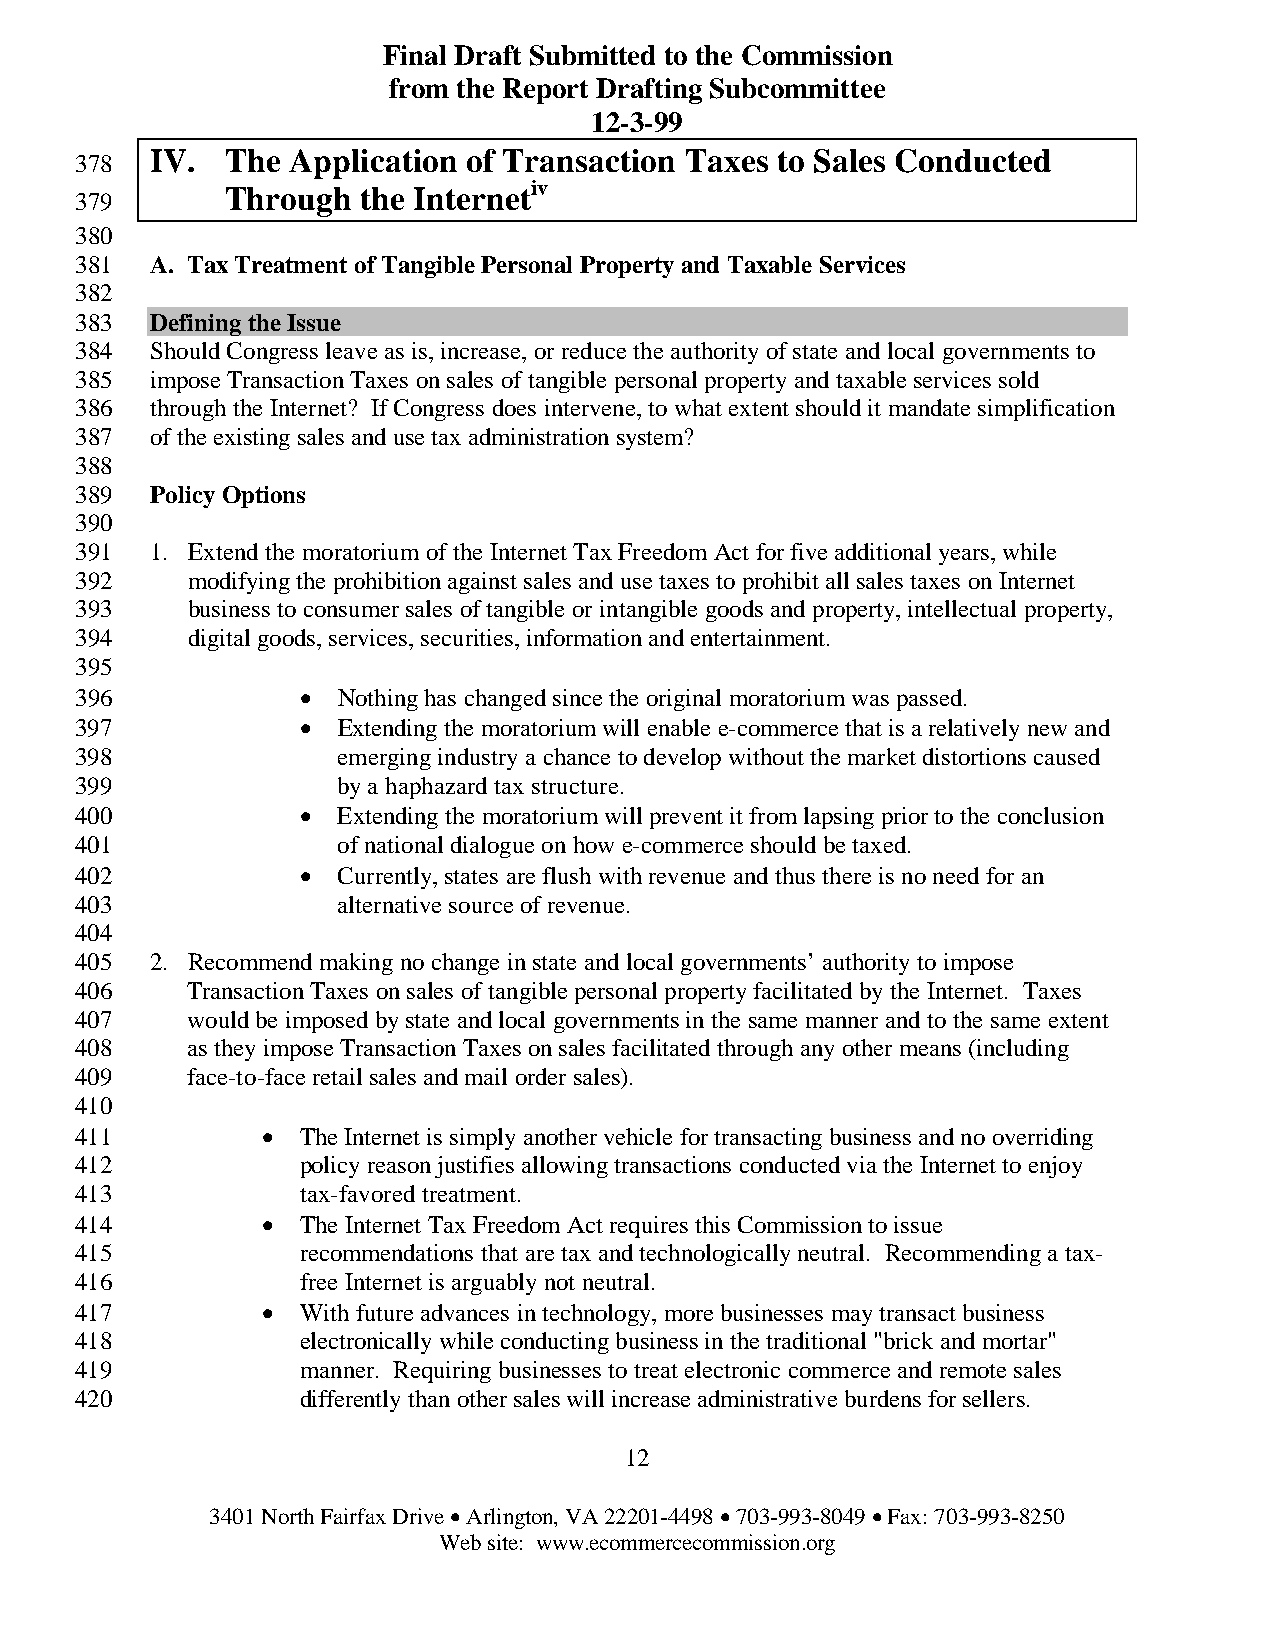
Final Draft Submitted to the Commission
 from the Report Drafting Subcommittee
 12-3-99
 IV.  The Application of Transaction Taxes to Sales Conducted
 378
 iv
 Through  the Internet
 379
 380
 381  A. Tax Treatment of Tangible Personal Property and Taxable Services
 382
 383  Defining the Issue
 384  Should Congress leave as is, increase, or reduce the authority of state and local governments to
 385  impose Transaction Taxes on sales of tangible personal property and taxable services sold
 386  through the Internet? If Congress does intervene, to what extent should it mandate simplification
 387  of the existing sales and use tax administration system?
 388
 389  Policy Options
 390
 391  1. Extend the moratorium of the Internet Tax Freedom Act for five additional years, while
 392    modifying the prohibition against sales and use taxes to prohibit all sales taxes on Internet
 393    business to consumer sales of tangible or intangible goods and property, intellectual property,
 394    digital goods, services, securities, information and entertainment.
 395
 396            • Nothing has changed since the original moratorium was passed.
 397            • Extending the moratorium will enable e-commerce that is a relatively new and
 398              emerging industry a chance to develop without the market distortions caused
 399              by a haphazard tax structure.
 400            • Extending the moratorium will prevent it from lapsing prior to the conclusion
 401              of national dialogue on how e-commerce should be taxed.
 402            • Currently, states are flush with revenue and thus there is no need for an
 403              alternative source of revenue.
 404
 405  2. Recommend making no change in state and local governments’ authority to impose
 406    Transaction Taxes on sales of tangible personal property facilitated by the Internet. Taxes
 407    would be imposed by state and local governments in the same manner and to the same extent
 408    as they impose Transaction Taxes on sales facilitated through any other means (including
 409    face-to-face retail sales and mail order sales).
 410
 411         •  The Internet is simply another vehicle for transacting business and no overriding
 412            policy reason justifies allowing transactions conducted via the Internet to enjoy
 413            tax-favored treatment.
 414         •  The Internet Tax Freedom Act requires this Commission to issue
 415            recommendations that are tax and technologically neutral. Recommending a tax-
 416            free Internet is arguably not neutral.
 417         •  With future advances in technology, more businesses may transact business
 418            electronically while conducting business in the traditional "brick and mortar"
 419            manner. Requiring businesses to treat electronic commerce and remote sales
 420            differently than other sales will increase administrative burdens for sellers.
 12
 3401 North Fairfax Drive • Arlington, VA 22201-4498 • 703-993-8049 • Fax: 703-993-8250
 Web site: www.ecommercecommission.org